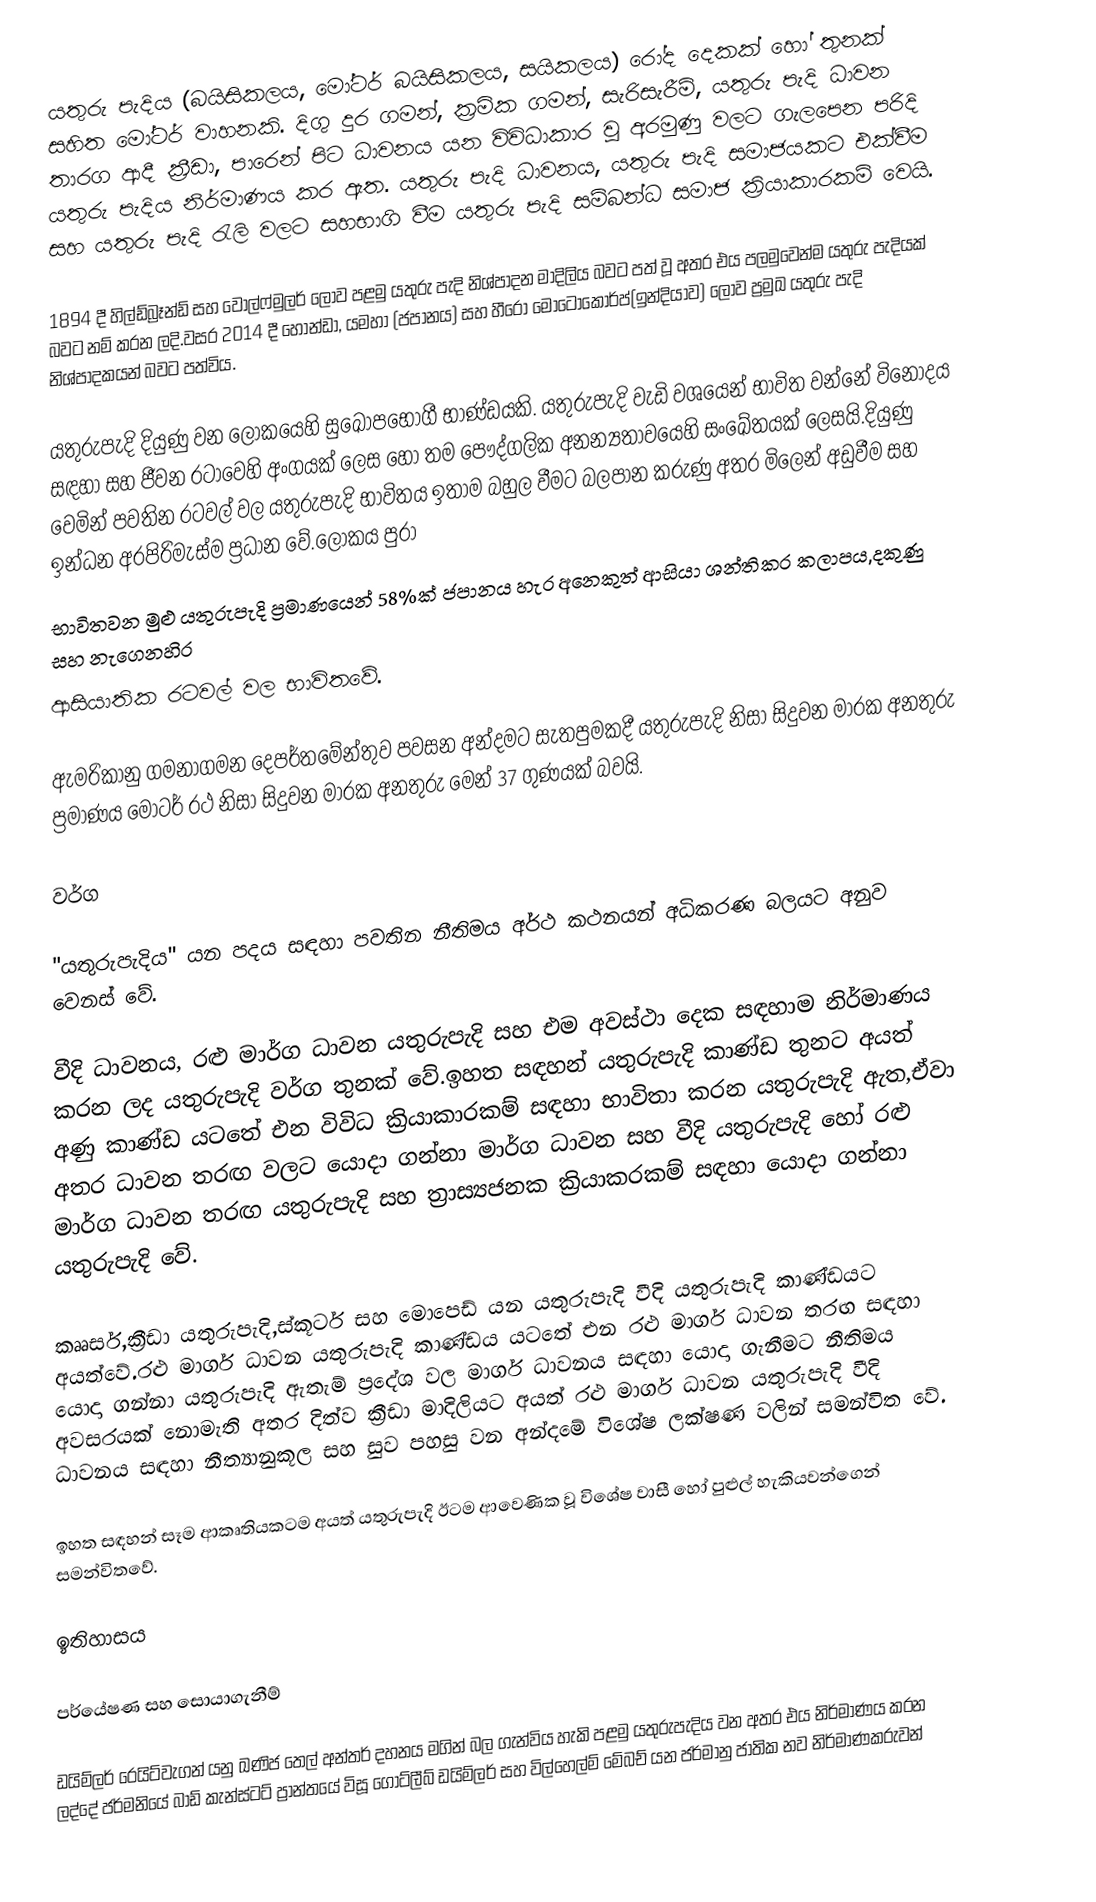
යතුරු පැදිය (බයිසිකලය, මෝටර්  බයිසිකලය, සයිකලය) රෝද දෙකක් හෝ තුනක් සහිත මෝටර් වාහනකි. දිගු දුර ගමන්, ක්‍රමික ගමන්, සැරිසැරීම්, යතුරු පැදි ධාවන තාරග ආදී ක්‍රීඩා, පාරෙන් පිට ධාවනය යන විවිධාකාර වූ අරමුණු වලට ගැලපෙන පරිදි යතුරු පැදිය නිර්මාණය කර ඇත. යතුරු පැදි ධාවනය, යතුරු පැදි සමාජයකට එක්වීම සහ යතුරු පැදි රැලි වලට සහභාගි වීම යතුරු පැදි සම්බන්ධ සමාජ ක්‍රියාකාරකම් වෙයි. 
 
1894 දී හිල්ඩ්බ්‍රෑන්ඩ් සහ වොල්ෆ්මුලර් ලොව පළමු යතුරු පැදි නිශ්පාදන මාදිලිය බවට පත් වූ අතර එය පලමුවෙන්ම යතුරු පැදියක් බවට නම් කරන ලදි.වසර 2014 දී හොන්ඩා, යමහා (ජපානය) සහ හීරෝ මොටෝකෝර්ප්(ඉන්දියාව) ලොව ප්‍රමුඛ යතුරු පැදි නිශ්පාදකයන් බවට පත්විය.

යතුරුපැදි දියුණු වන ලෝකයෙහි සුඛෝපභෝගී  භාණ්ඩයකි. යතුරුපැදි වැඩි වශයෙන් භාවිත වන්නේ විනෝදය සඳහා සහ ජීවන රටාවෙහි අංගයක්  ලෙස හෝ තම පෞද්ගලික අනන්‍යතාවයෙහි සංඛේතයක්  ලෙසයි.දියුණු වෙමින් පවතින රටවල් වල යතුරුපැදි භාවිතය ඉතාම බහුල වීමට බලපාන  කරුණු අතර මිලෙන් අඩුවීම සහ ඉන්ධන අරපිරිමැස්ම ප්‍රධාන වේ.ලෝකය පුරා 
භාවිතවන මුළු යතුරුපැදි ප්‍රමාණයෙන් 58%ක් ජපානය හැර අනෙකුත් ආසියා ශන්තිකර කලාපය,දකුණු සහ නැගෙනහිර 
ආසියාතික රටවල්  වල භාවිතවේ.

ඇමරිකානු ගමනාගමන දෙපර්තමේන්තුව පවසන අන්දමට සැතපුමකදී  යතුරුපැදි නිසා සිදුවන මාරක අනතුරු ප්‍රමාණය මෝටර් රථ නිසා සිදුවන මාරක අනතුරු මෙන් 37 ගුණයක් බවයි.

වර්ග

"‍යතුරුපැදිය" යන පදය සඳහා පවතින නීතිමය අර්ථ කථනයන් අධිකරණ බලයට අනුව වෙනස් වේ. 

වීදි ධාවනය, රළු  මාර්ග ධාවන යතුරුපැදි සහ එම අවස්ථා දෙක සඳහාම  නිර්මාණය කරන ලද  යතුරුපැදි වර්ග තුනක් වේ.ඉහත සඳහන්  යතුරුපැදි  කාණ්ඩ තුනට අයත් අණු කාණ්ඩ යටතේ එන විවිධ ක්‍රියාකාරකම් සඳහා  භාවිතා කරන යතුරුපැදි ඇත,ඒවා අතර ධාවන තරඟ වලට යොදා ගන්නා මාර්ග ධාවන සහ වීදි යතුරුපැදි හෝ  රළු  මාර්ග ධාවන තරඟ යතුරුපැදි සහ ත්‍රාස්‍යජනක ක්‍රියාකරකම්  සඳහා යොදා ගන්නා යතුරුපැදි වේ.

කෲසර්,ක්‍රීඩා යතුරුපැදි,ස්කූටර් සහ මොපෙඩ් යන  යතුරුපැදි වීදි යතුරුපැදි කාණ්ඩයට අයත්වේ.රළු මාර්ග ධාවන යතුරුපැදි   කාණ්ඩය යටතේ එන රළු මාර්ග ධාවන  තරඟ  සඳහා යොදා ගන්නා යතුරුපැදි ඇතැම් ප්‍රදේශ වල මාර්ග ධාවනය සඳහා යොදා ගැනීමට  නීතිමය  අවසරයක් නොමැති අතර  දිත්ව ක්‍රීඩා මාදිලියට අයත් රළු  මාර්ග ධාවන යතුරුපැදි  වීදි ධාවනය සඳහා නීත්‍යානුකූල සහ සුව පහසු වන  අන්දමේ විශේෂ ලක්ෂණ වලින් සමන්විත වේ.

ඉහත සඳහන් සෑම  ආකෘතියකටම අයත් යතුරුපැදි ඊටම ආවෙණික වූ  විශේෂ වාසී හෝ පුළුල්  හැකියවන්ගෙන් සමන්විතවේ.

ඉතිහාසය

පර්යේෂණ සහ සොයාගැනීම්

ඩයිම්ලර් රෙයිට්වැගන් යනු ඛණිජ තෙල් අන්තර් දහනය මගින් බල ගැන්විය හැකි පළමු යතුරුපැදිය වන අතර එය නිර්මාණය කරන ලද්දේ  ජර්මනියේ බාඩ් කැන්ස්ටට් ප්‍රාන්තයේ විසූ ගොට්ලීබ් ඩයිම්ලර් සහ විල්හෙල්ම්  මේබච් යන ජර්මානු ජාතික නව නිර්මාණකරුවන්